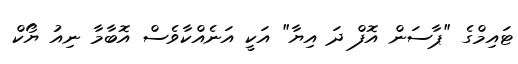
ޓައިމްގެ "ޕާސަން އޮފް ދަ އިޔާ" އަކީ އަނެއްކާވެސް އޮބާމާ ނިއު ޔޯކް